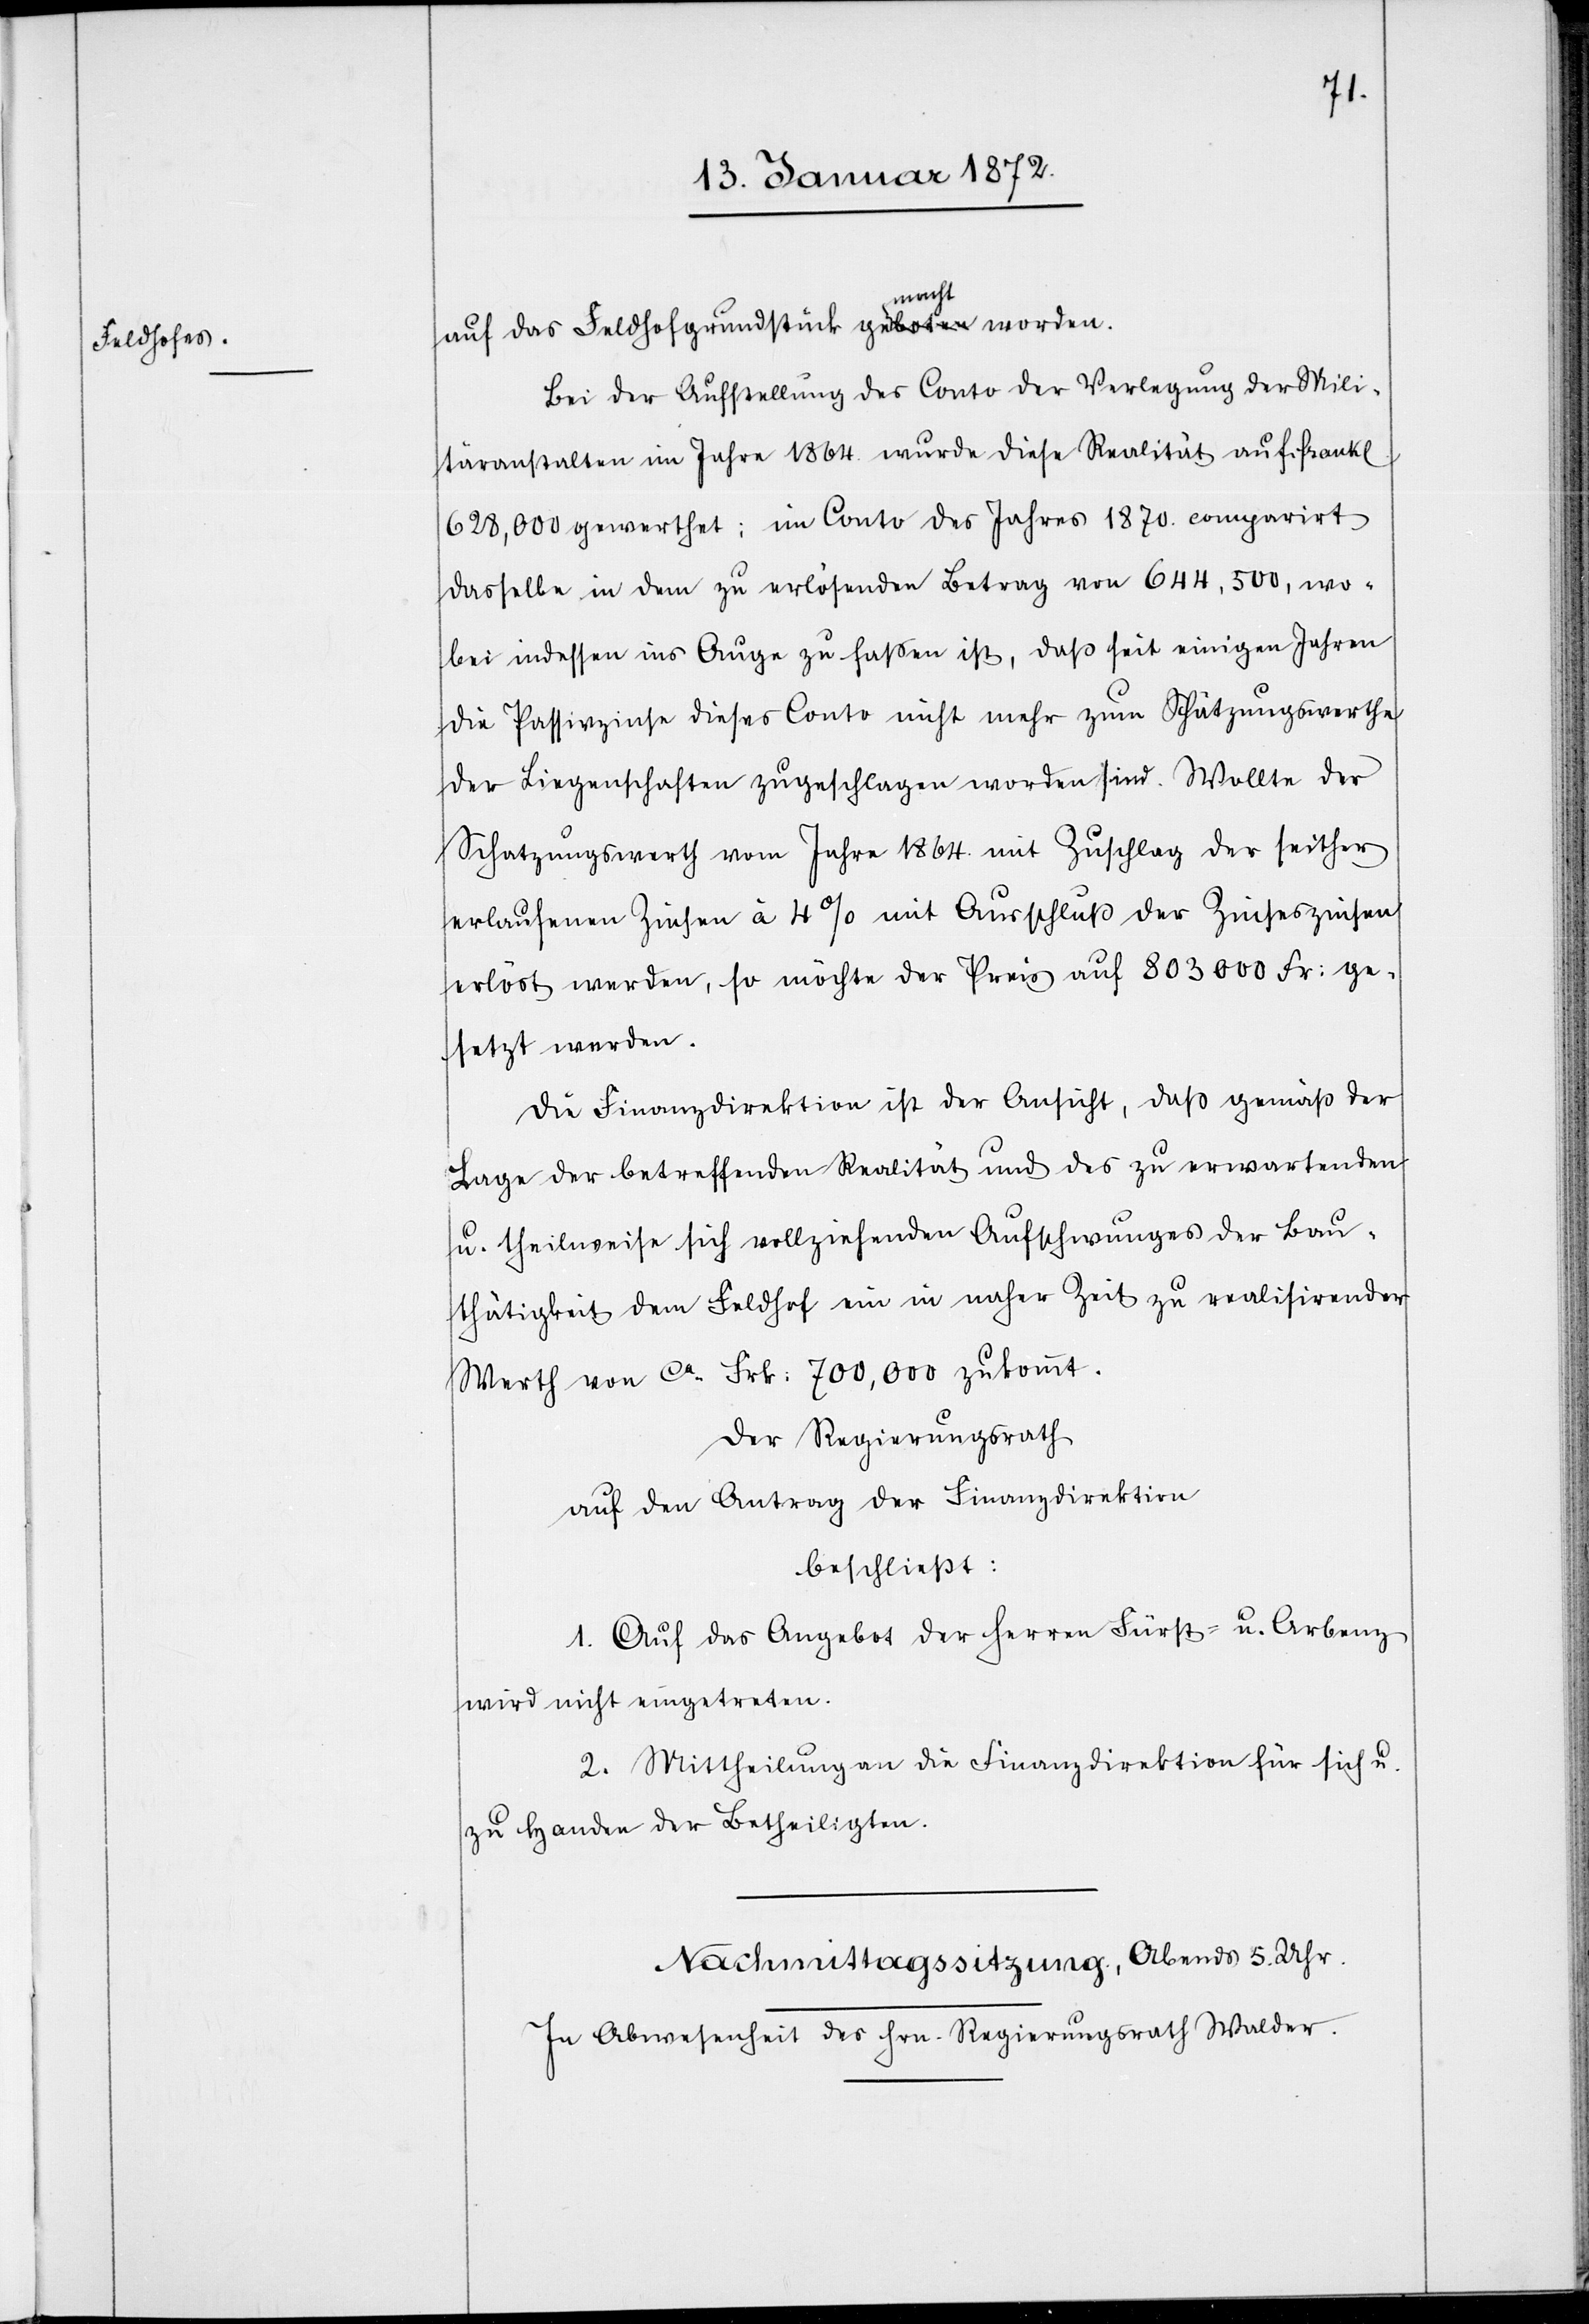
auf das Feldhofgrundstück gemacht worden.
Bei der Aufstellung des Conto der Verlegung der Mili¬
täranstalten im Jahre 1864. wurde diese Realität auf Frank[en]
628,000 gewerthet; im Conto des Jahres 1870. comparirt
dasselbe in dem zu erlösenden Betrag von 644,500, wo¬
bei indessen ins Auge zu faßen ist, daß seit einigen Jahren
die Passivzinse dieses Conto nicht mehr zum Schätzungswerthe
der Liegenschaften zugeschlagen worden sind. Wollte der
Schatzungswerth vom Jahre 1864. mit Zuschlag der seither
erlaufenen Zinsen à 4% mit Ausschluß der Zinseszinsen
erlöst werden, so möchte der Preis auf 803000 Fr: ge¬
setzt werden.
Die Finanzdirektion ist der Ansicht, daß gemäß der
Lage der betreffenden Realität und des zu erwartenden
u. theilweise sich vollziehenden Aufschwunges der Bau¬
thätigkeit dem Feldhof ein in naher Zeit zu realisierender
Werth von ca Frk: 700,000 zukommt.
Der Regierungsrath
auf den Antrag der Finanzdirektion
beschließt:
1. Auf das Angebot der Herren Fürst- u. Arbenz
wird nicht eingetreten.
2. Mittheilung an die Finanzdirektion für sich u.
zu Handen der Betheiligten.